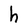
Character: h